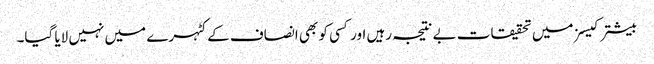
بیشتر کیسز میں تحقیقات بے نتیجہ رہیں اور کسی کو بھی انصاف کے کٹہرے میں نہیں لایا گیا۔